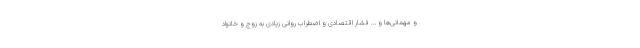
و مهمانی‌ها و … فشار اقتصادی و اضطراب روانی زیادی به زوج و خانواد